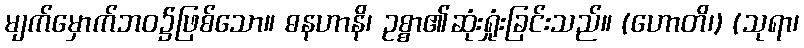
မျက်မှောက်ဘဝ၌ဖြစ်သော။ ဓနဟာနိ၊ ဥစ္စာ၏ဆုံးရှုံးခြင်းသည်။ (ဟောတိ၊) (သုရာ၊